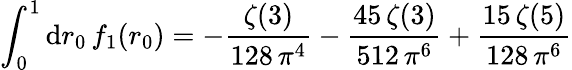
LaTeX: \int_{0}^{1}\mathrm{d}r_{0}\, f_{1}(r_{0})=-\frac{{\zeta(3)}}{{128\, \pi^{4}}}-\frac{{45\, \zeta(3)}}{{512\, \pi^{6}}}+\frac{{15\, \zeta(5)}}{{128\, \pi^{6}}}